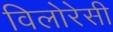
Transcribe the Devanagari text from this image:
विलोरेसी